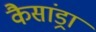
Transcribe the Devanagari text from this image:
कैसांड्रा